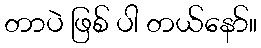
တာပဲ ဖြစ် ပါ တယ်နော်။